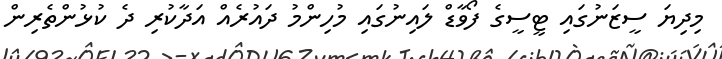
މިދިޔަ ސީޒަނުގައި ޓީސީގެ ފޯވާޑް ލައިނުގައި މުހިންމު ދައުރެއް އަދާކުރި ދެ ކުޅުންތެރިން